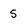
Character: 5